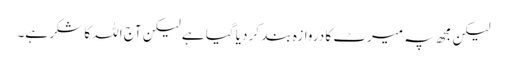
لیکن مجھ پہ میرٹ کا دروازہ بند کر دیا گیا ہے لیکن آج اللہ کا شکر ہے۔